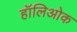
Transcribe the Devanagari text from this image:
हॉलिओक